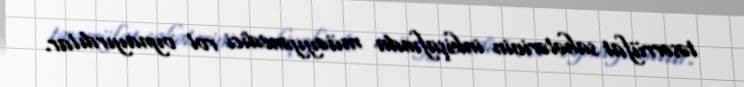
təsərrüfat sahələrinin inkişafında müəyyənedici rol oynayırdılar.